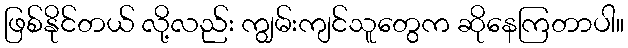
ဖြစ်နိုင်တယ် လို့လည်း ကျွမ်းကျင်သူတွေက ဆိုနေကြတာပါ။